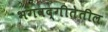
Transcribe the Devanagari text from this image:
भगवद्गीतेतील